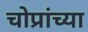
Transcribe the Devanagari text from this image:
चोप्रांच्या